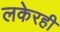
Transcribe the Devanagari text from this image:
लकेरही